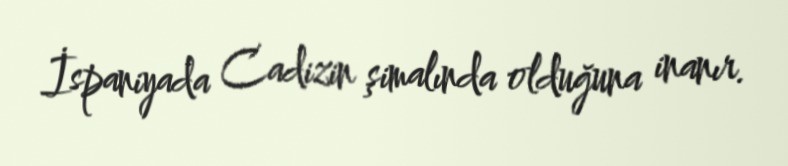
İspaniyada Cadizin şimalında olduğuna inanır.